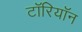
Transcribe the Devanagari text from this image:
टॉरियॉन